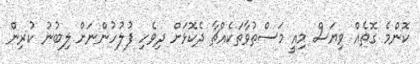
ކޮންމެ ގޮތެއް ވިޔަސް މިއީ މަސްތުވާތަކެއްޗާ ދެކޮޅަށް ދިވެހި ފުލުހުންނަށް ލިބުނު ކުރިން